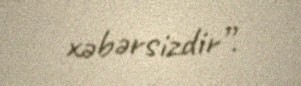
xəbərsizdir”.